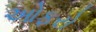
ઓફરો